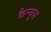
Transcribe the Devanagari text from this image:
कैन्यूस